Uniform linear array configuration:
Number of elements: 4
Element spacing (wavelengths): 0.5
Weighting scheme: cosine
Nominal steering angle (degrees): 0
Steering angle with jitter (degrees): -1.711
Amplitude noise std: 0.05
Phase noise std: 0.05

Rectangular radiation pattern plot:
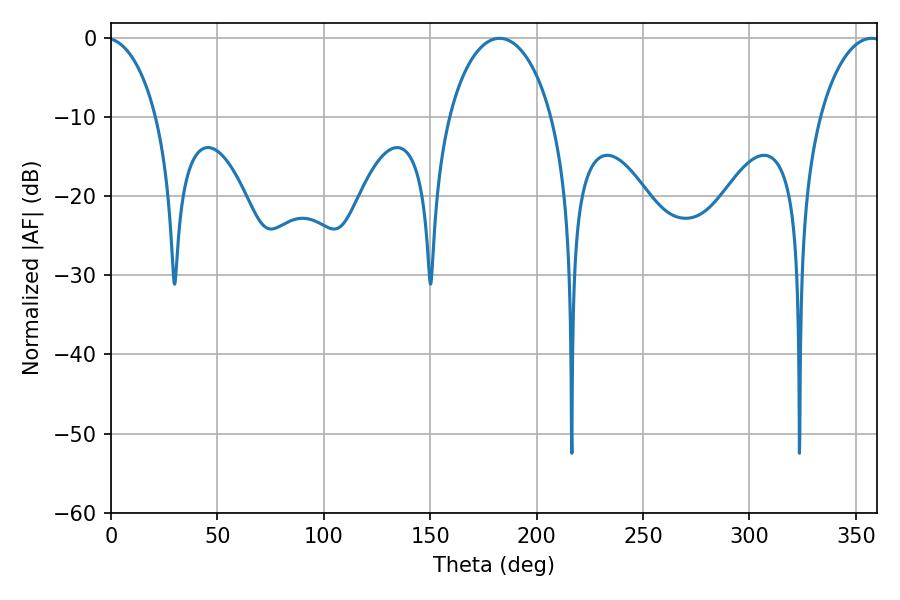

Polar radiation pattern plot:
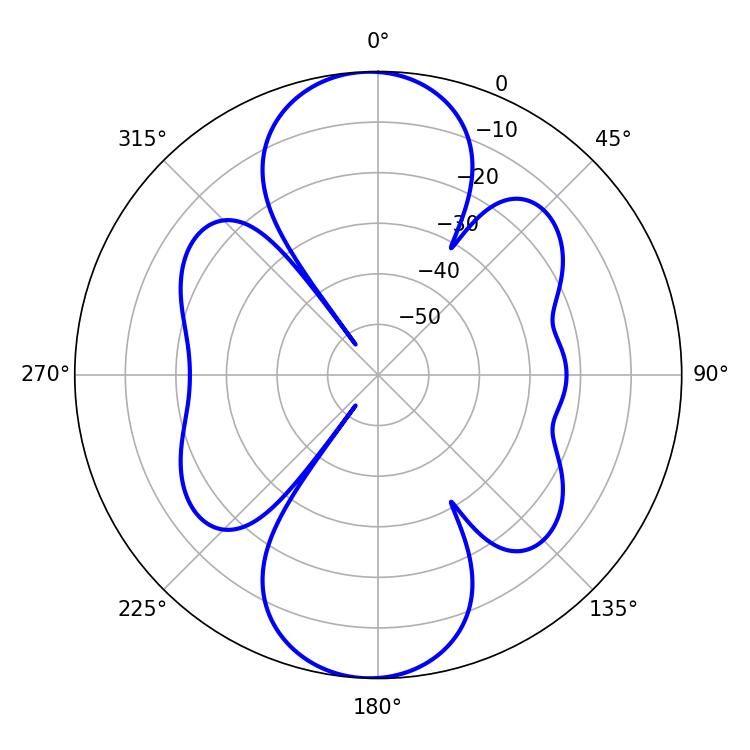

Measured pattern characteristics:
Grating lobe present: FALSE
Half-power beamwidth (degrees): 27.72
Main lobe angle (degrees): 182.52